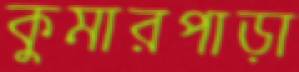
কুমারপাড়া